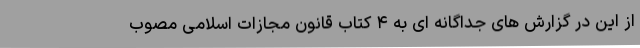
از این در گزارش های جداگانه ای به ۴ کتاب قانون مجازات اسلامی مصوب